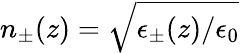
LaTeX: n_{\pm}(z)=\sqrt{\epsilon_{\pm}(z)/\epsilon_{0}}